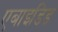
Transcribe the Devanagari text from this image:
एबाइडिड